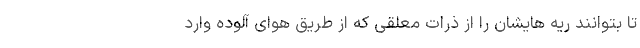
تا بتوانند ریه هایشان را از ذرات معلقی که از طریق هوای آلوده وارد